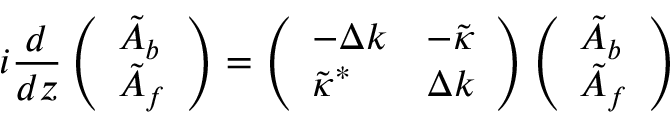
i \frac { d } { d z } \left( \begin{array} { l } { \tilde { A } _ { b } } \\ { \tilde { A } _ { f } } \end{array} \right) = \left( \begin{array} { l l } { - \Delta k } & { - \tilde { \kappa } } \\ { \tilde { \kappa } ^ { * } } & { \Delta k } \end{array} \right) \left( \begin{array} { l } { \tilde { A } _ { b } } \\ { \tilde { A } _ { f } } \end{array} \right)